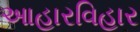
આહારવિહાર